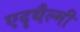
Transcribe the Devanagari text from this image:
एदृथैल्मी